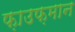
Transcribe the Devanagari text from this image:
फ़ाउफ़मान